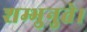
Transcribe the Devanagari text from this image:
शम्भुनुते।